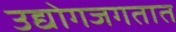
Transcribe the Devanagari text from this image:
उद्योगजगतात